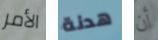
الأمر هدنة أن